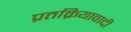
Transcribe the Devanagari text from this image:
प्रतक्रियावादी